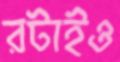
রটাইও